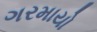
ગરમાયો